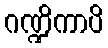
ဂဏ္ဍိကာပိ